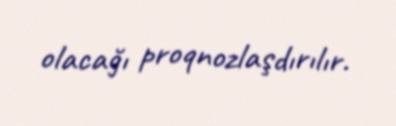
olacağı proqnozlaşdırılır.